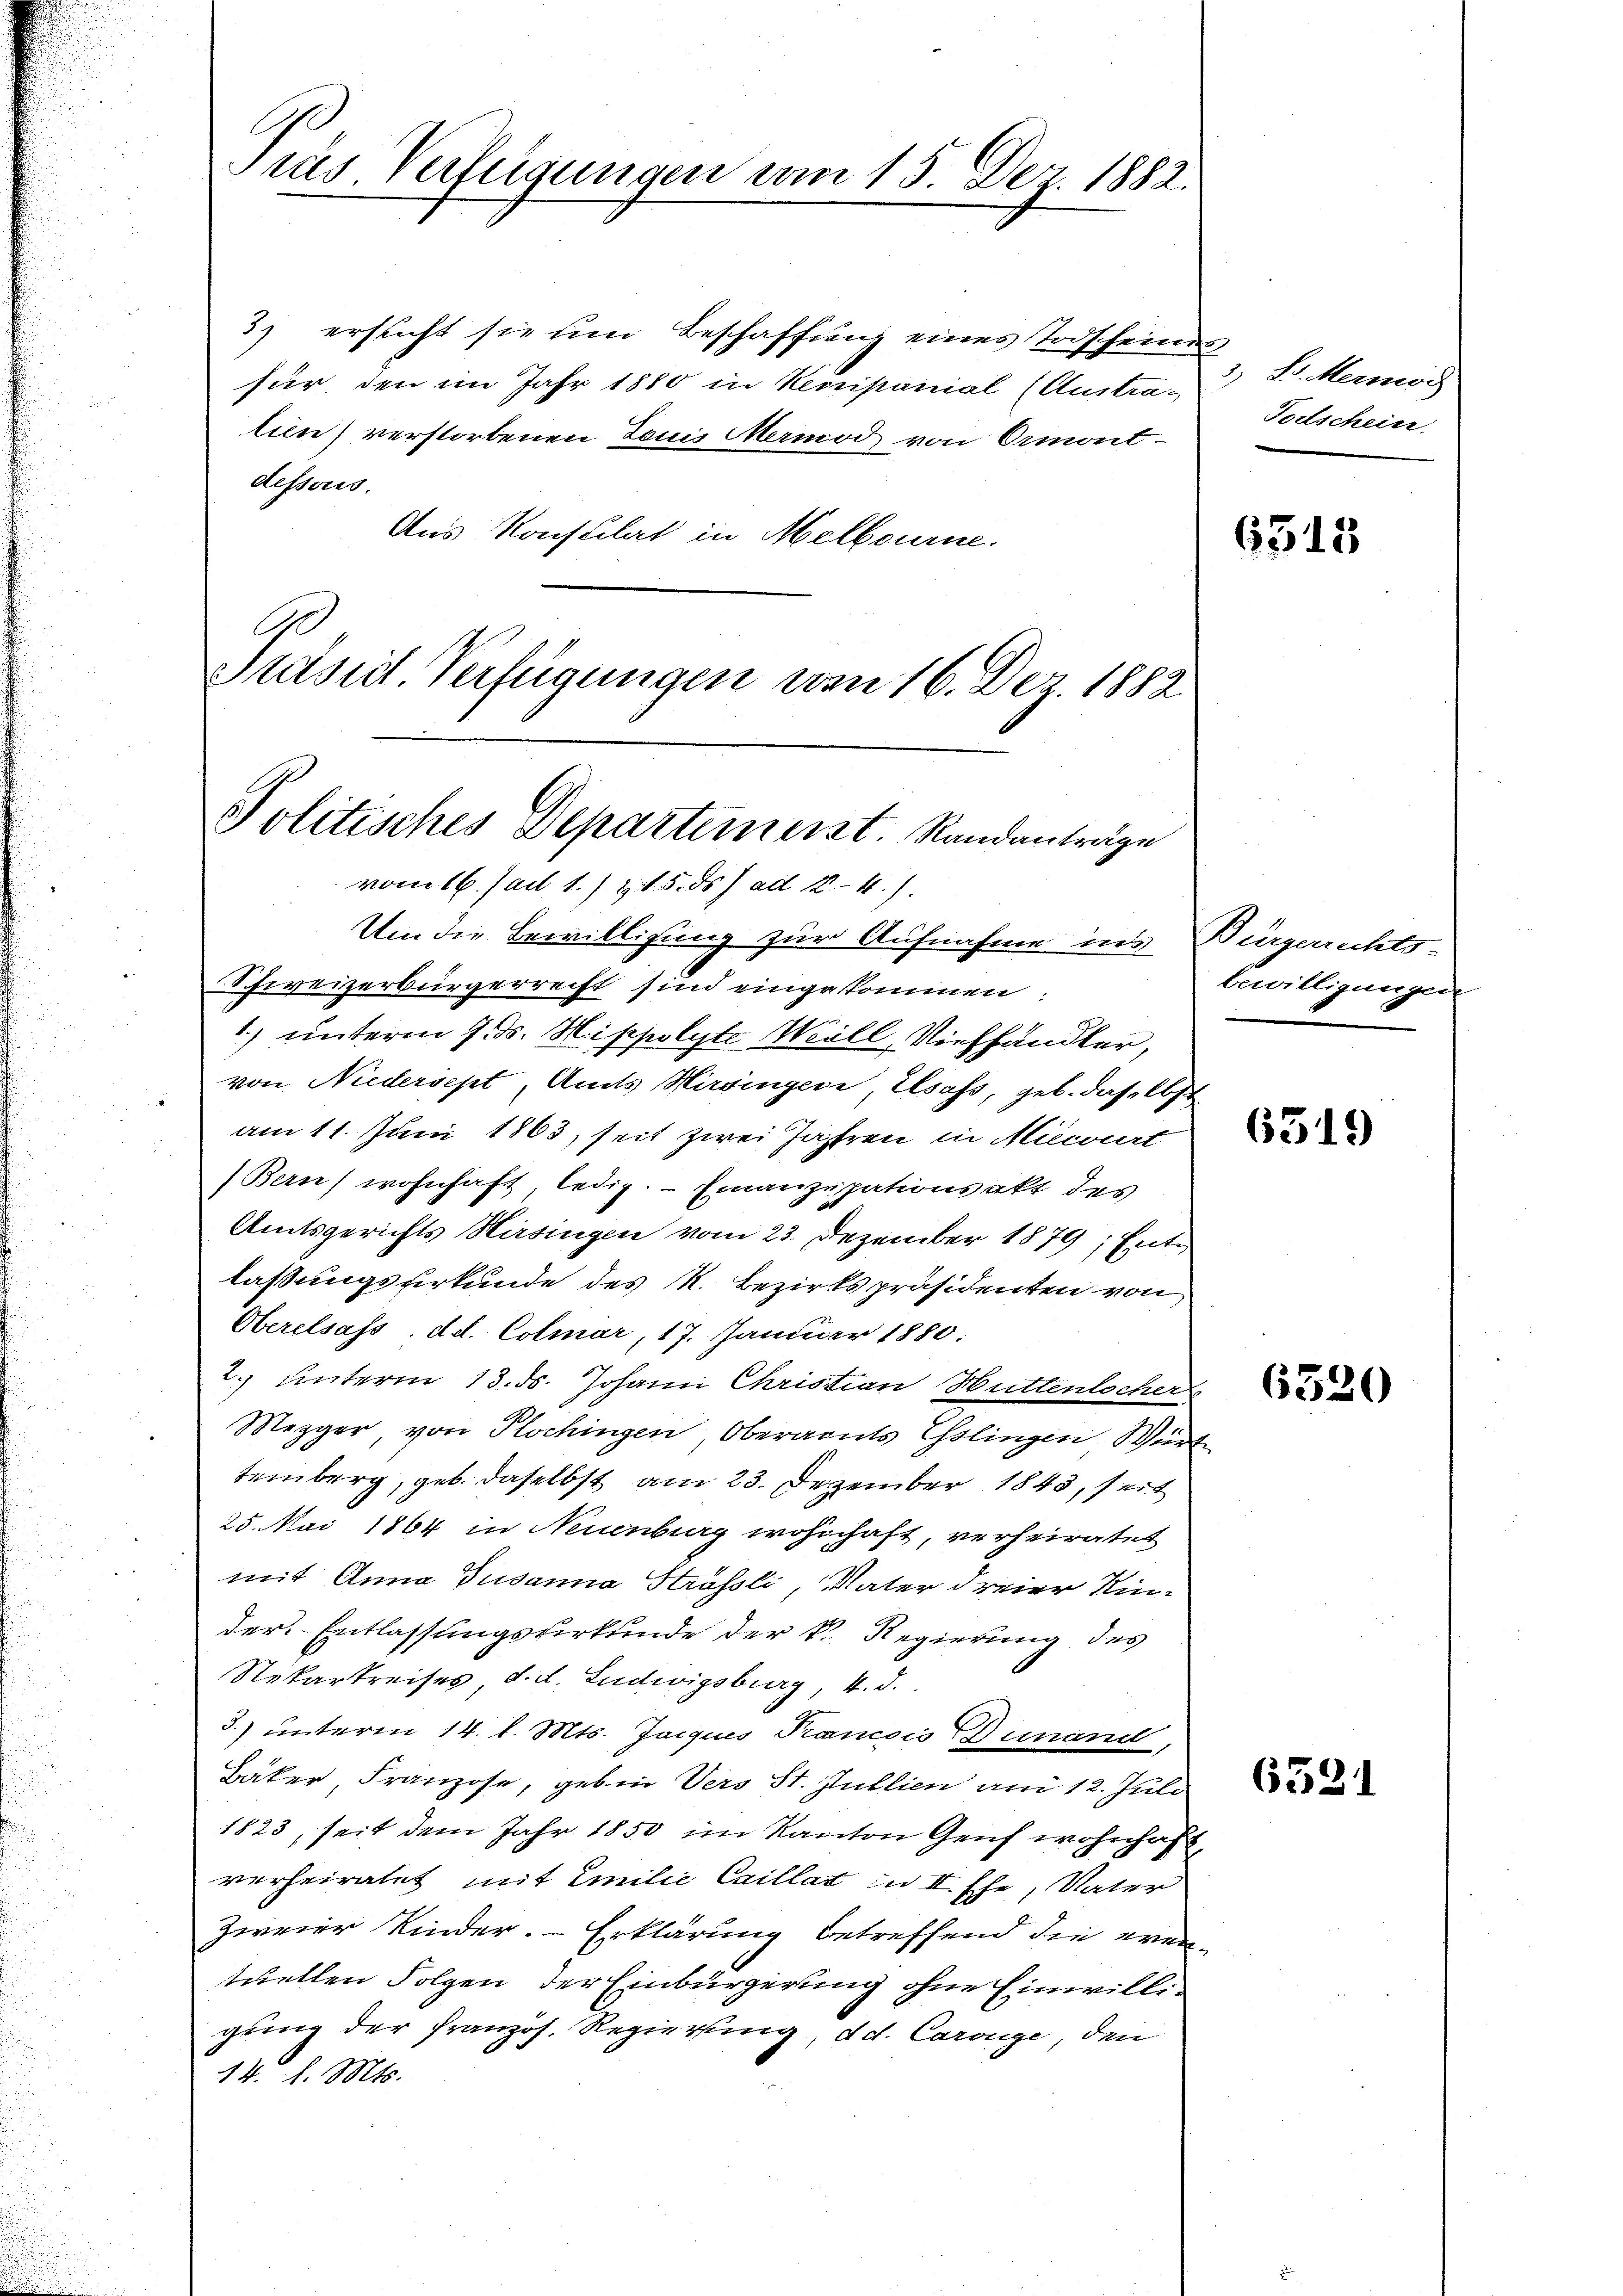
Frus. Verfügungen vom 15. Dez. 1882.

3) ersucht sie um Beschaffung eines Todscheines
für, den im Jahr 1880 in Kenipanial (Austra-
tien) verstorbenen Louis Marmod von Ormont-
dessoris.
Aus Konsulat in Melbourne.
Um die Bewilligung zur Aufnahme ins Bürgerrichts-
Schweizerbürgerrecht sind eingekommen:
1) unterm 9. ds. Hippolyte Will, Viehhändler,
von Niedersept, Amts Hirsingere, Elsass, geb. daselbst
am 11. Juni 1863, seit zwei Jahren in Mitwirt
Bern) wohnhaft ledig. - Emanzupationsakt des
Amtsgerichts Hirsingen vom 23. Dezember 1879; Entlassungsurkunde des K. Bezirkspräsidenten von
Oberelsass, d. d. Colmar, 17. Januar 1880.
2. unterm 13. ds. Johann Christian Hüttenlocher
Mezger, von Plochingen Oberamts Esslingen Würd
temberg, geb. daselbst am 23. Dezember 1843, seit
25. Mai 1864 in Neuenburg wohnhaft, verheiratet
mit Anna Pusanna Strässli, Vater dreier Kin-
der Entlassungsverkunde der k. Regierung des
Rekarkreises d. d. Ludwigsburg, 4. d.
3.) unterm 14. d. Mts. Jacquis Pancois Dunand
Bäker, Franzose, geben Vers St. Jullien am 12. Juli
1823, seit dem Jahr 1850 im Kanton Genf wohnhaf
verheiratet mit Emilie Caillat in II. Ehe, Vater
Zweier Kinder. Erklärung betreffend die even
tuellen Folgen der Einbürgerung ohne Einwilligung der Pranzös. Regierung, d. d. Carouge, den
14. d. Mts.

A
Prasirt Verfügungen vom 16. Dez. 1882.
Politisches Departemeist. Randanträge
vom 16. Mail 1.) zu 5. ds. ad 10 - 4.)

3, L. Mermög
Fortschein.

6513

bewilligungen

6519

6320

6521